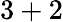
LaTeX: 3+2